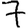
Digit: 7